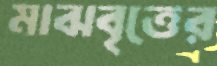
মাঝবৃত্তের